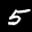
Label: 5